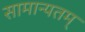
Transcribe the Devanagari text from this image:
सामान्यतम्